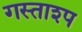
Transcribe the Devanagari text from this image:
गस्ताश्प